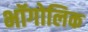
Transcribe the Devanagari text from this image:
भॉगोलिक